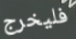
فليخرج